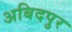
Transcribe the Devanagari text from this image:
अबिदपुर